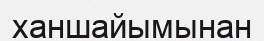
ханшайымынан